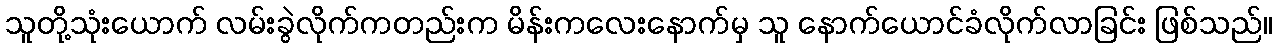
သူတို့သုံးယောက် လမ်းခွဲလိုက်ကတည်းက မိန်းကလေးနောက်မှ သူ နောက်ယောင်ခံလိုက်လာခြင်း ဖြစ်သည်။